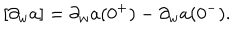
LaTeX: [ \partial _ { w } a ] = \partial _ { w } a ( 0 ^ { + } ) - \partial _ { w } a ( 0 ^ { - } ) .